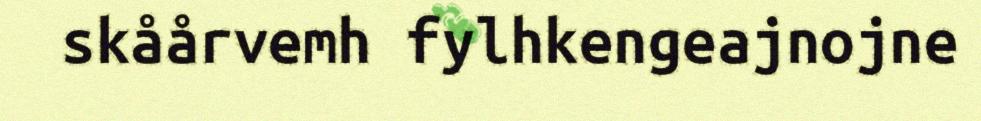
skåårvemh fylhkengeajnojne